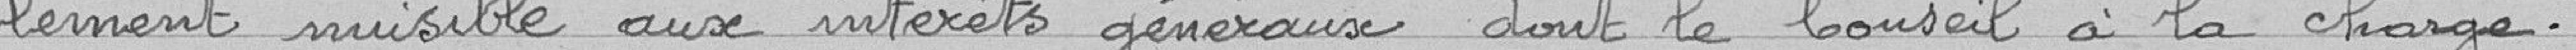
lement nuisible aux intérêts généraux dont le Conseil à la charge.